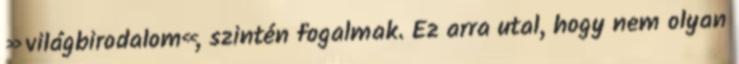
»világbirodalom«, szintén fogalmak. Ez arra utal, hogy nem olyan